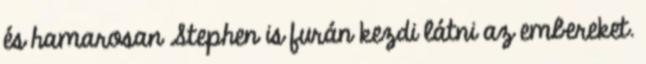
és hamarosan Stephen is furán kezdi látni az embereket.